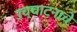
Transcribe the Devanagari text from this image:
उच्चाटनाचे